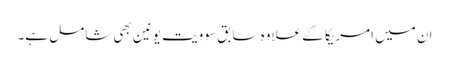
ان میں امریکا کے علاوہ سابق سوویت یونین بھی شامل ہے۔